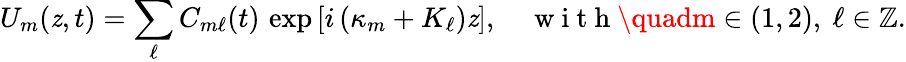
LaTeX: U_{m}(\mathit{z},t)=\sum_{\ell}C_{m\ell}(t)\, \exp\left[i\left(\kappa_{m}+K_{\ell}\right)\mathit{z}\right],\quad\mathrm{{~w~i~t~h~}}\quadm\in(1,2),~\ell\in\mathbb{{Z}}.